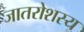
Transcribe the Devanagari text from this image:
जातरोशस्य